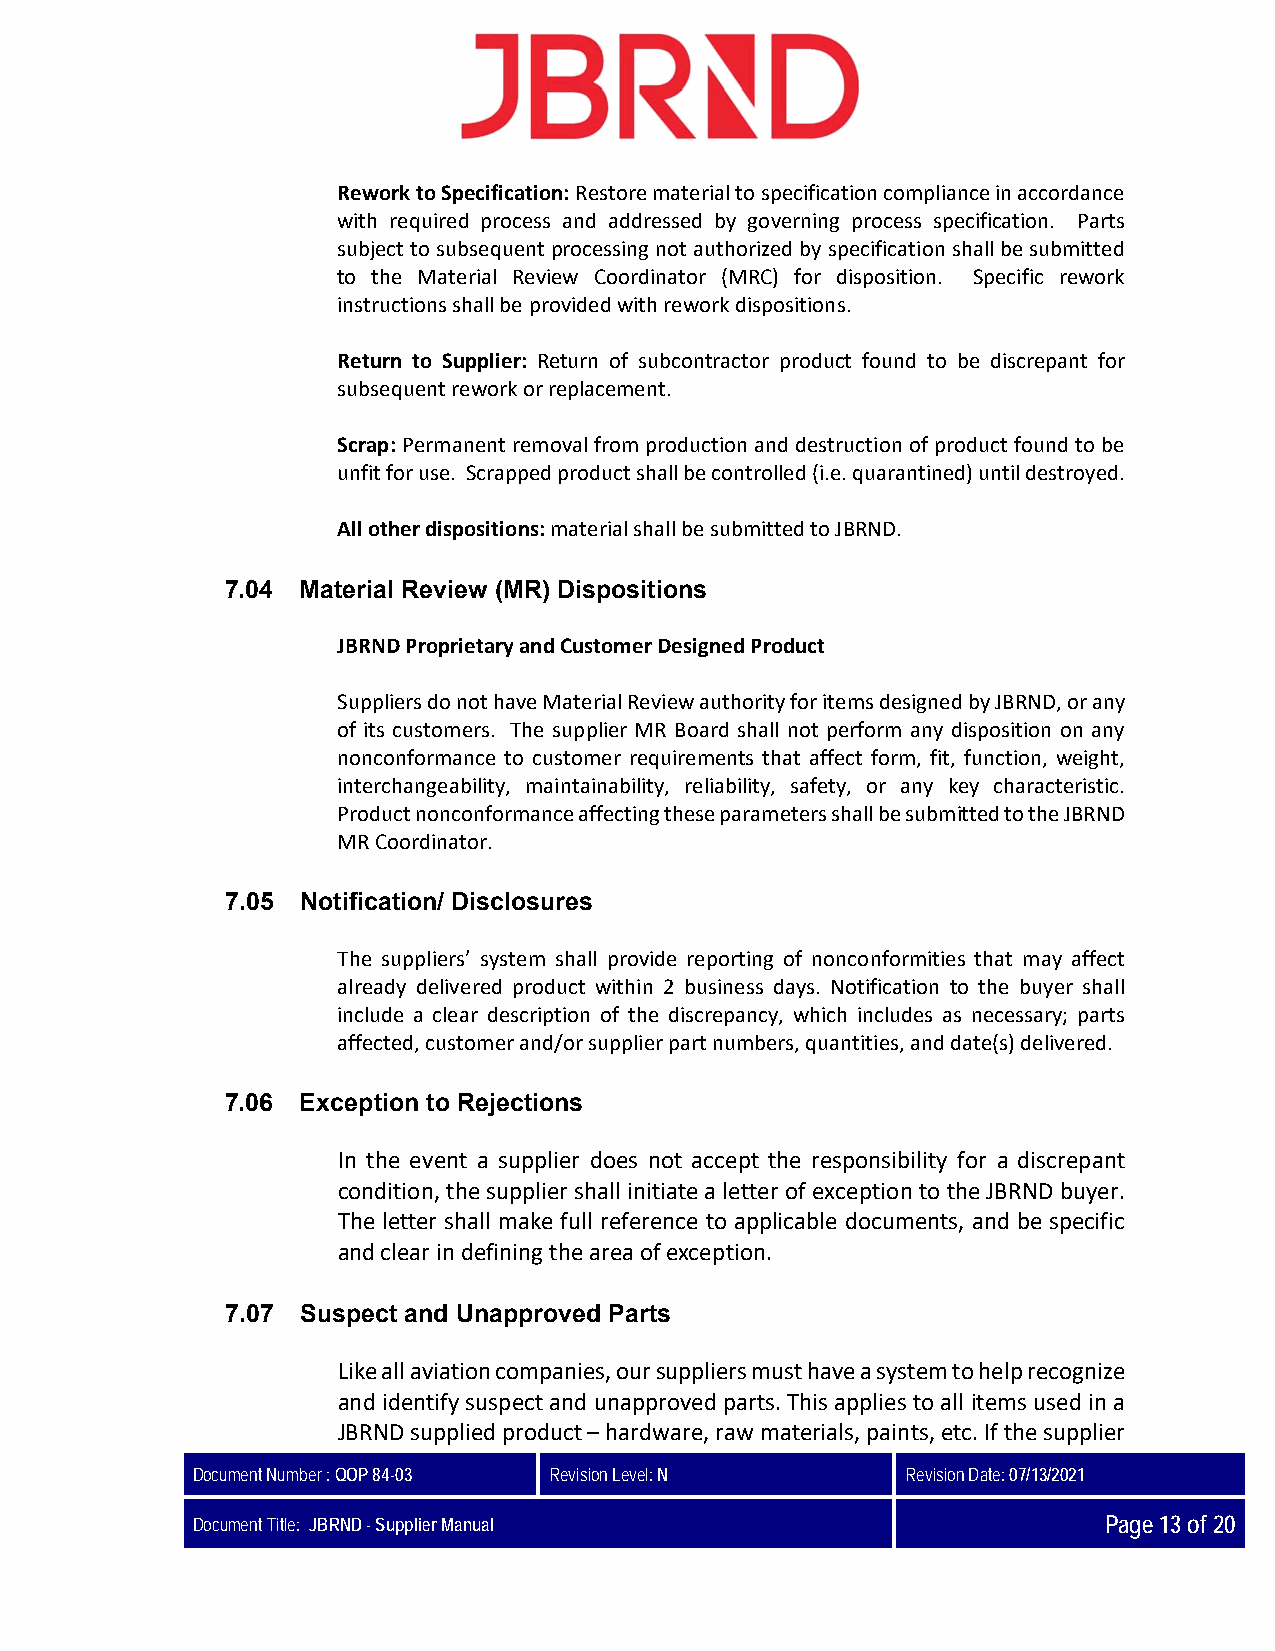
Rework to Specification: Restore material to specification compliance in accordance
 with required process and addressed by governing process specification. Parts
 subject to subsequent processing not authorized by specification shall be submitted
 to the Material Review Coordinator (MRC) for disposition. Specific rework
 instructions shall be provided with rework dispositions.
 Return to Supplier: Return of subcontractor product found to be discrepant for
 subsequent rework or replacement.
 Scrap: Permanent removal from production and destruction of product found to be
 unfit for use. Scrapped product shall be controlled (i.e. quarantined) until destroyed.
 All other dispositions: material shall be submitted to JBRND.
 7.04 Material Review (MR) Dispositions
 JBRND Proprietary and Customer Designed Product
 Suppliers do not have Material Review authority for items designed by JBRND, or any
 of its customers. The supplier MR Board shall not perform any disposition on any
 nonconformance to customer requirements that affect form, fit, function, weight,
 interchangeability, maintainability, reliability, safety, or any key characteristic.
 Product nonconformance affecting these parameters shall be submitted to the JBRND
 MR Coordinator.
 7.05 Notification/ Disclosures
 The suppliers’ system shall provide reporting of nonconformities that may affect
 already delivered product within 2 business days. Notification to the buyer shall
 include a clear description of the discrepancy, which includes as necessary; parts
 affected, customer and/or supplier part numbers, quantities, and date(s) delivered.
 7.06 Exception to Rejections
 In the event a supplier does not accept the responsibility for a discrepant
 condition, the supplier shall initiate a letter of exception to the JBRND buyer.
 The letter shall make full reference to applicable documents, and be specific
 and clear in defining the area of exception.
 7.07 Suspect and Unapproved Parts
 Like all aviation companies, our suppliers must have a system to help recognize
 and identify suspect and unapproved parts. This applies to all items used in a
 JBRND supplied product – hardware, raw materials, paints, etc. If the supplier
 Document Number : QOP 84-03 Revision Level: N  Revision Date: 07/13/2021
 Document Title: JBRND - Supplier Manual                     Page 13 of 20